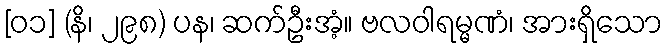
[၀၁] (နိ၊ ၂၉၈) ပန၊ ဆက်ဦးအံ့။ ဗလဝါရမ္မဏံ၊ အားရှိသော